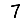
Digit: 7